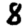
Digit: 8